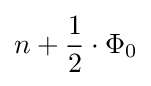
n+{\frac {1}{2}}\cdot \Phi _{0}